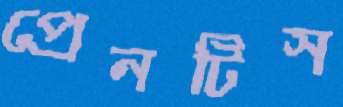
প্রেনটিস